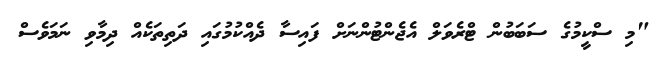
"މި ސްކީމުގެ ސަބަބުން ޓްރެވަލް އެޖެންޓުންނަށް ފައިސާ ދެއްކުމުގައި ދަތިތަކެއް ދިމާވި ނަމަވެސް